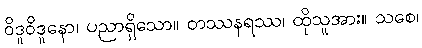
ဝိဒူဝိဒူနော၊ ပညာရှိသော။ တဿနရဿ၊ ထိုသူအား။ သစေ၊